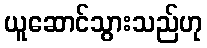
ယူဆောင်သွားသည်ဟု